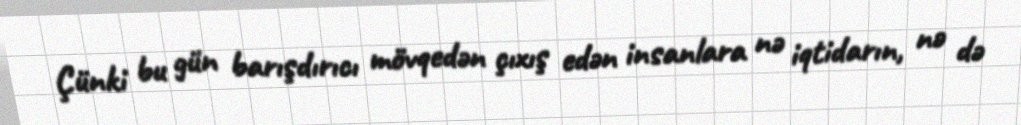
Çünki bu gün barışdırıcı mövqedən çıxış edən insanlara nə iqtidarın, nə də